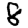
Digit: 8